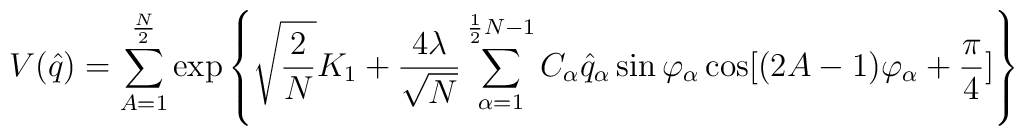
V(\hat{q}) = \sum_{A=1}^{\frac{N}{2}} \exp \left \{  \sqrt{\frac{2}{N}}K_{1} +\frac{4\lambda}{\sqrt{N}}\sum_{\alpha=1}^{\frac{1}{2}N-1} C_{\alpha}\hat{q}_{\alpha}\sin \varphi_{\alpha}\cos [(2A-1)\varphi_{\alpha} + \frac{\pi}{4}]\right \}